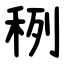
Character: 䅀